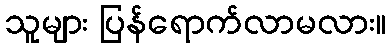
သူများ ပြန်ရောက်လာမလား။